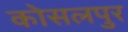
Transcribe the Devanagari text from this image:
कोसलपुर